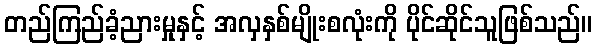
တည်ကြည်ခံ့ညားမှုနှင့် အလှနှစ်မျိုးစလုံးကို ပိုင်ဆိုင်သူဖြစ်သည်။